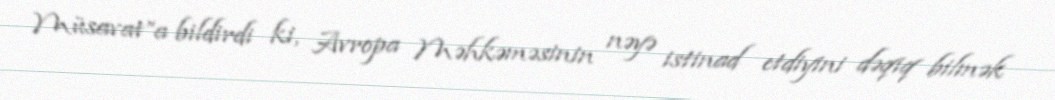
Müsavat”a bildirdi ki, Avropa Məhkəməsinin nəyə istinad etdiyini dəqiq bilmək